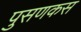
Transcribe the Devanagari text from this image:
पुसणकस